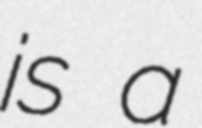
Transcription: is a